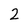
Character: 2